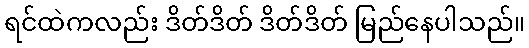
ရင်ထဲကလည်း ဒိတ်ဒိတ် ဒိတ်ဒိတ် မြည်နေပါသည်။